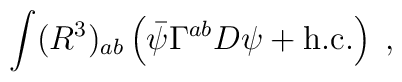
\int (R^{3})_{ab}\left( \bar{\psi}\Gamma ^{ab}D\psi +\mbox{h.c.}\right) \;,